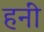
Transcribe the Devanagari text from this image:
हनीं